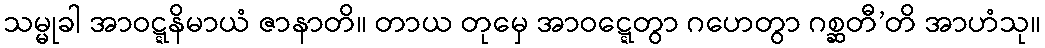
သမ္မုခါ အာဝဋ္ဋနိမာယံ ဇာနာတိ။ တာယ တုမှေ အာဝဋ္ဋေတွာ ဂဟေတွာ ဂစ္ဆတီ’တိ အာဟံသု။